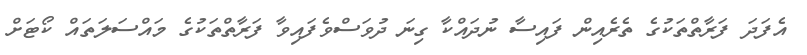
އެފަދަ ފަރާތްތަކުގެ ތެރެއިން ފައިސާ ނުދައްކާ ގިނަ ދުވަސްވެފައިވާ ފަރާތްތަކުގެ މައްސަލަތައް ކޯޓަށް